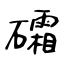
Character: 礵